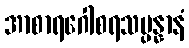
အာစာရဂေါစရသမ္ပန္နာနံ